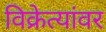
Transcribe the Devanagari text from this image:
विक्रेत्यांवर